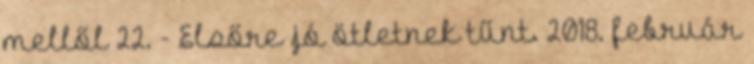
mellől 22. - Elsőre jó ötletnek tűnt. 2018. február